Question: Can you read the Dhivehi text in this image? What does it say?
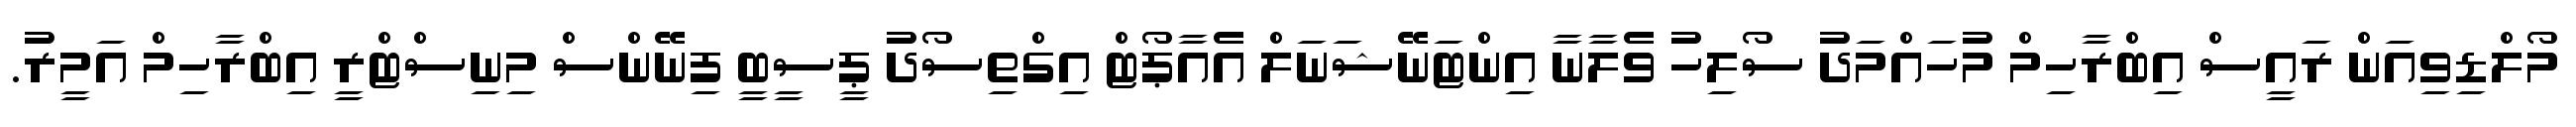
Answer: މޯލްޑިވިއަން ރައީސް އިބްރާހިމް މުހައްމަދު ސޯލިހު ވެލާނާ އިންޓަނޭޝަނަލް އެއާޕޯޓް އިގްތިސޯދު ޕީސީބީ ފިނޭންސް މިނިސްޓްރީ އިބްރާހިމް އަމީރު.